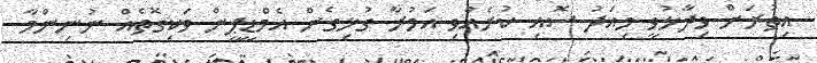
އިތުރަށް ވިދާޅުވީ މިއަދު ސޮއި ކުރެއްވި އަމުރާ ގުޅިގެން އެމްޑީޕީން ވަކިގޮތެއް ނުނިންމާ